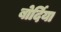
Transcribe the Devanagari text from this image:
बोर्दिया